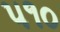
૫૧૦